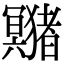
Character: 𤣘